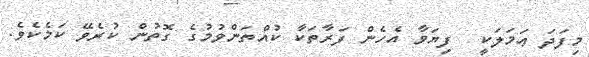
މިފަދަ ޢަމަލަކީ  ފިޔަވާ އެހެން ފަރާތަކާ ކުއްތަންވުމުގެ ގޮތުން ކުރެވޭ ކަމެކެވެ.